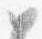
如